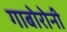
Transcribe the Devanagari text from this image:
गाबोरोनी